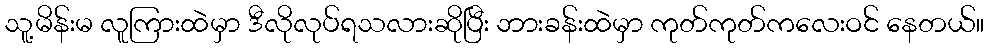
သူ့မိန်းမ လူကြားထဲမှာ ဒီလိုလုပ်ရသလားဆိုပြီး ဘားခန်းထဲမှာ ကုတ်ကုတ်ကလေးဝင် နေတယ်။